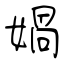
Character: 媧